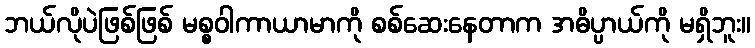
ဘယ်လိုပဲဖြစ်ဖြစ် မစ္စဝါကာယာမာကို စစ်ဆေးနေတာက အဓိပ္ပာယ်ကို မရှိဘူး။